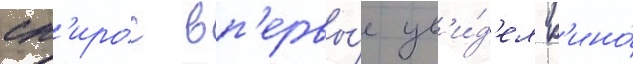
сп'ирос вп'ервы́е ув'и́д'ел к'ино́